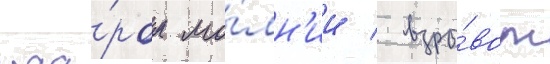
уда́ром мо́лн'ии / взры́вом